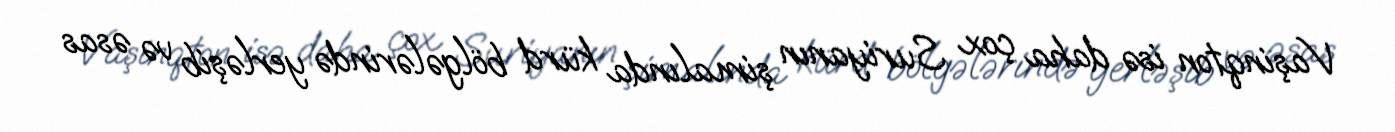
Vaşinqton isə daha çox Suriyanın şimalında kürd bölgələrində yerləşib və əsas